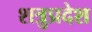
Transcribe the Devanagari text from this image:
शत्रुप्रदेश